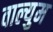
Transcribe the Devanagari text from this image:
वाल्युम